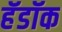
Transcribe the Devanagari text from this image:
हॅडॉक